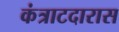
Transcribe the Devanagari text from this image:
कंत्राटदारास